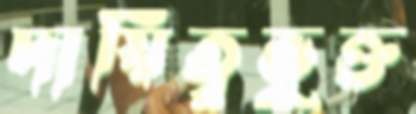
দায়িত্বভুক্ত